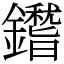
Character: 鑙